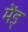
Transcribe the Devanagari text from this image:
मेंड्